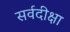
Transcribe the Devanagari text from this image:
सर्वदीक्षा